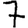
Digit: 7